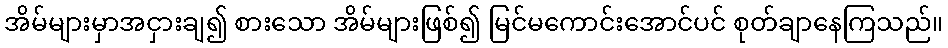
အိမ်များမှာအငှားချ၍ စားသော အိမ်များဖြစ်၍ မြင်မကောင်းအောင်ပင် စုတ်ချာနေကြသည်။